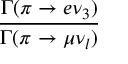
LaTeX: \frac { \Gamma ( \pi \to e \nu _ { 3 } ) } { \Gamma ( \pi \to \mu \nu _ { l } ) }